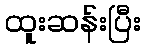
ထူးဆန်းပြီး